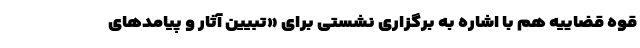
قوه قضاییه هم با اشاره به برگزاری نشستی برای «تبیین آثار و پیامدهای